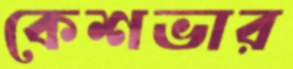
কেশভার